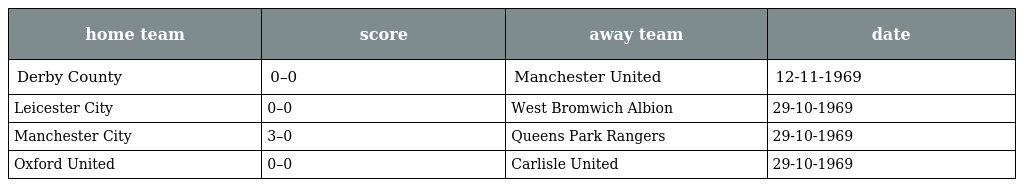
| home team | score | away team | date |
 | --- | --- | --- | --- |
 | Derby County | 0–0 | Manchester United | 12-11-1969 |
 | Leicester City | 0–0 | West Bromwich Albion | 29-10-1969 |
 | Manchester City | 3–0 | Queens Park Rangers | 29-10-1969 |
 | Oxford United | 0–0 | Carlisle United | 29-10-1969 |